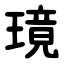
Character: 璄